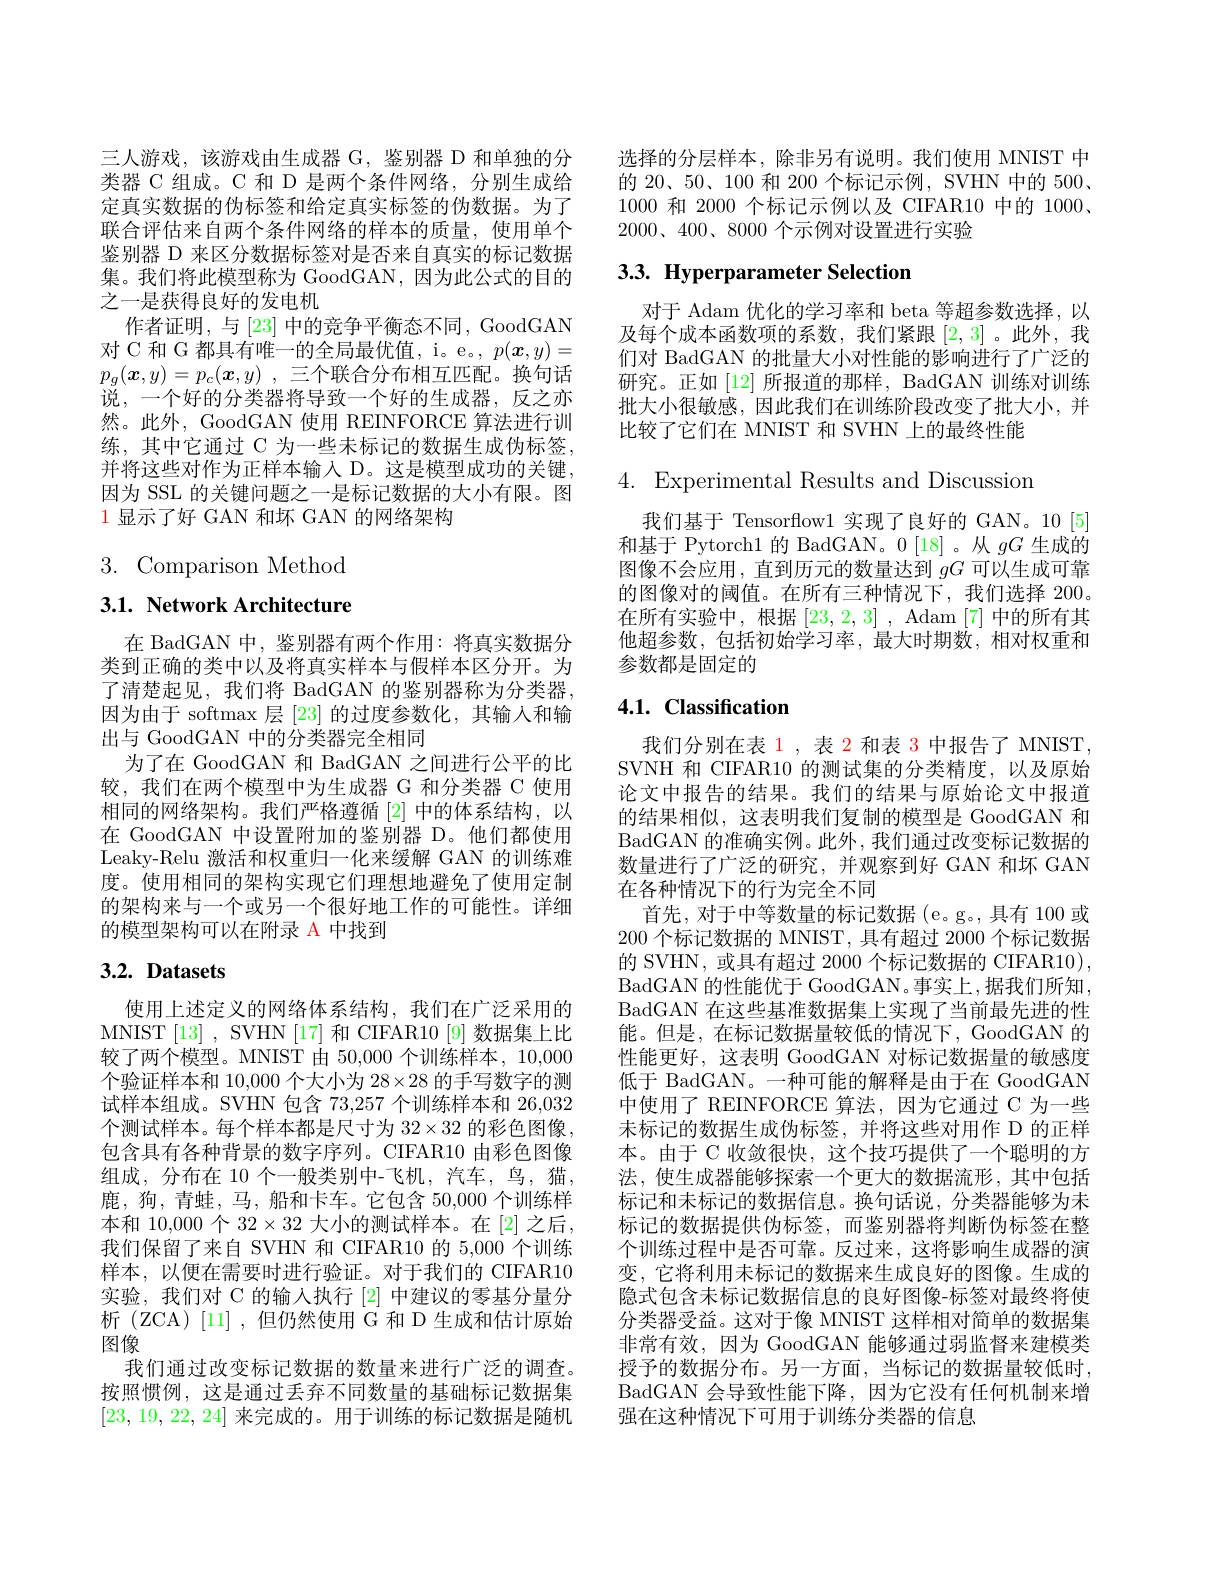
三人游戏，该游戏由生成器 G, 鉴别器 D 和单独的分类器 C 组成。C 和 D 是两个条件网络，分别生成给定真实数据的伪标签和给定真实标签的伪数据。为了联合评估来自两个条件网络的样本的质量，使用单个鉴别器 D 来区分数据标签对是否来自真实的标记数据集。我们将此模型称为 GoodGAN,因为此公式的目的之一是获得良好的发电机
作者证明，与[23]中的竞争平衡态不同，GoodGAN 对 C 和 G 都具有唯一的全局最优值，i。e。$p(\boldsymbol{x},y)=$ $p_g( \boldsymbol{x}, y) = p_c( \boldsymbol{x}, y)$ ,三个联合分布相互匹配。换句话说，一个好的分类器将导致一个好的生成器，反之亦然。此外，GoodGAN 使用 REINFORCE 算法进行训练，其中它通过 C 为一些未标记的数据生成伪标签， 并将这些对作为正样本输入 D。这是模型成功的关键， 因为 SSL 的关键问题之一是标记数据的大小有限。图$\color{red}{1\text{ 显示了好 GAN 和坏 GAN 的网络架构}}$

$3.{\mathrm{Comparison~Method}}$

# 3.1. Network Architecture

在 BadGAN 中，鉴别器有两个作用：将真实数据分类到正确的类中以及将真实样本与假样本区分开。为了清楚起见，我们将 BadGAN 的鉴别器称为分类器， 因为由于 softmax 层[23]的过度参数化，其输入和输出与 GoodGAN 中的分类器完全相同
为了在 GoodGAN 和 BadGAN 之间进行公平的比较，我们在两个模型中为生成器 G 和分类器 C 使用相同的网络架构。我们严格遵循[2]中的体系结构，以在 GoodGAN 中设置附加的鉴别器 D。他们都使用Leaky-Relu 激活和权重归一化来缓解 GAN 的训练难度。使用相同的架构实现它们理想地避免了使用定制的架构来与一个或另一个很好地工作的可能性。详细的模型架构可以在附录 A 中找到

# 3.2. Datasets

使用上述定义的网络体系结构，我们在广泛采用的MNIST[13] , SVHN[17] 和 CIFAR10 [9] 数据集上比较了两个模型。MNIST 由 50,000 个训练样本，10,000个验证样本和 10,000 个大小为 28$\times28$的手写数字的测试样本组成。SVHN 包含 73,257 个训练样本和 26,032个测试样本。每个样本都是尺寸为$32\times32$的彩色图像， 包含具有各种背景的数字序列。CIFAR10 由彩色图像组成，分布在 10 个一般类别中-飞机，汽车，鸟，猫， 鹿，狗，青蛙，马，船和卡车。它包含 50,000个训练样本和 10,000 个 $32\times32$ 大小的测试样本。在[2]之后， 我们保留了来自 SVHN 和 CIFAR10 的 5,000 个训练样本，以便在需要时进行验证。对于我们的 CIFAR10实验，我们对 C 的输入执行[2]中建议的零基分量分析(ZCA)[11],但仍然使用 G 和 D 生成和估计原始图像
我们通过改变标记数据的数量来进行广泛的调查。按照惯例，这是通过丢弃不同数量的基础标记数据集[23,19,22,24]来完成的。用于训练的标记数据是随机

选择的分层样本，除非另有说明。我们使用 MNIST 中的 20、50、100 和 200 个标记示例，SVHN 中的 500、 1000和 2000 个标记示例以及 CIFAR10 中的 1000、 $2000、400、8000$个示例对设置进行实验

# 3.3. Hyperparameter Selection

对于 Adam 优化的学习率和 beta 等超参数选择，以及每个成本函数项的系数，我们紧跟[2,3]。此外，我们对 BadGAN 的批量大小对性能的影响进行了广泛的研究。正如[12] 所报道的那样，BadGAN 训练对训练批大小很敏感，因此我们在训练阶段改变了批大小，并比较了它们在 MNIST 和 SVHN 上的最终性能

4. Experimental Results and Discussion

我们基于 Tensorflow1 实现了良好的 GAN。10[5] 和基于 Pytorch1 的 BadGAN。0 [18]。从$gG$生成的图像不会应用，直到历元的数量达到$gG$可以生成可靠的图像对的阈值。在所有三种情况下，我们选择 200。在所有实验中，根据[23,2,3], Adam [7]中的所有其他超参数，包括初始学习率，最大时期数，相对权重和参数都是固定的

# 4.1. Classification

我们分别在表 1, 表 2 和表 3 中报告了 MNIST, SVNH 和 CIFAR10 的测试集的分类精度，以及原始论文中报告的结果。我们的结果与原始论文中报道的结果相似，这表明我们复制的模型是 GoodGAN 和BadGAN 的准确实例。此外，我们通过改变标记数据的数量进行了广泛的研究，并观察到好 GAN 和坏 GAN 在各种情况下的行为完全不同
首先，对于中等数量的标记数据(e。g。,具有 100 或200 个标记数据的 MNIST,具有超过 2000 个标记数据的 SVHN, 或具有超过 2000 个标记数据的 CIFAR10), BadGAN 的性能优于 GoodGAN。事实上，据我们所知， BadGAN 在这些基准数据集上实现了当前最先进的性能。但是，在标记数据量较低的情况下，GoodGAN 的性能更好，这表明 GoodGAN 对标记数据量的敏感度低于 BadGAN。一种可能的解释是由于在 GoodGAN 中使用了 REINFORCE 算法，因为它通过 C 为一些未标记的数据生成伪标签，并将这些对用作 D 的正样本。由于 C 收敛很快，这个技巧提供了一个聪明的方法，使生成器能够探索一个更大的数据流形，其中包括标记和未标记的数据信息。换句话说，分类器能够为末标记的数据提供伪标签，而鉴别器将判断伪标签在整个训练过程中是否可靠。反过来，这将影响生成器的演变，它将利用未标记的数据来生成良好的图像。生成的隐式包含未标记数据信息的良好图像-标签对最终将使分类器受益。这对于像 MNIST 这样相对简单的数据集非常有效，因为 GoodGAN 能够通过弱监督来建模类授予的数据分布。另一方面，当标记的数据量较低时， BadGAN 会导致性能下降，因为它没有任何机制来增强在这种情况下可用于训练分类器的信息